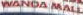
WANDA MALL